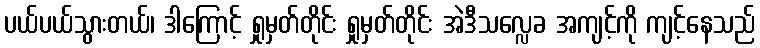
ပယ်ပယ်သွားတယ်၊ ဒါကြောင့် ရှုမှတ်တိုင်း ရှုမှတ်တိုင်း အဲဒီသလ္လေခ အကျင့်ကို ကျင့်နေသည်